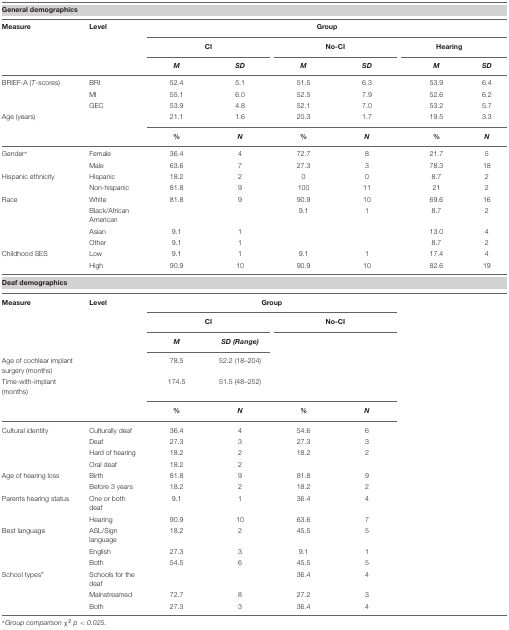
<table><thead><tr><td colspan="5"><b>General demographics</b></td></tr></thead><tbody><tr><td><b>Measure</b></td><td><b>Level</b></td><td colspan="6"><b>Group</b></td></tr><tr><td></td><td></td><td colspan="2"><b>CI</b></td><td colspan="2"><b>No-CI</b></td><td colspan="2"><b>Hearing</b></td></tr><tr><td></td><td></td><td><b><i>M</i></b></td><td><b><i>SD</i></b></td><td><b><i>M</i></b></td><td><b><i>SD</i></b></td><td><b><i>M</i></b></td><td><b><i>SD</i></b></td></tr><tr><td>BRIEF-A (<i>T</i>-scores)</td><td>BRI</td><td>52.4</td><td>5.1</td><td>51.5</td><td>6.3</td><td>53.9</td><td>6.4</td></tr><tr><td></td><td>MI</td><td>55.1</td><td>6.0</td><td>52.5</td><td>7.9</td><td>52.6</td><td>6.2</td></tr><tr><td></td><td>GEC</td><td>53.9</td><td>4.8</td><td>52.1</td><td>7.0</td><td>53.2</td><td>5.7</td></tr><tr><td>Age (years)</td><td></td><td>21.1</td><td>1.6</td><td>20.3</td><td>1.7</td><td>19.5</td><td>3.3</td></tr><tr><td></td><td></td><td><b>%</b></td><td><b><i>N</i></b></td><td><b>%</b></td><td><b><i>N</i></b></td><td><b>%</b></td><td><b><i>N</i></b></td></tr><tr><td>Gender<sup>∗</sup></td><td>Female</td><td>36.4</td><td>4</td><td>72.7</td><td>8</td><td>21.7</td><td>5</td></tr><tr><td></td><td>Male</td><td>63.6</td><td>7</td><td>27.3</td><td>3</td><td>78.3</td><td>18</td></tr><tr><td>Hispanic ethnicity</td><td>Hispanic</td><td>18.2</td><td>2</td><td>0</td><td>0</td><td>8.7</td><td>2</td></tr><tr><td></td><td>Non-hispanic</td><td>81.8</td><td>9</td><td>100</td><td>11</td><td>21</td><td>2</td></tr><tr><td>Race</td><td>White</td><td>81.8</td><td>9</td><td>90.9</td><td>10</td><td>69.6</td><td>16</td></tr><tr><td></td><td>Black/African American</td><td></td><td></td><td>9.1</td><td>1</td><td>8.7</td><td>2</td></tr><tr><td></td><td>Asian</td><td>9.1</td><td>1</td><td></td><td></td><td>13.0</td><td>4</td></tr><tr><td></td><td>Other</td><td>9.1</td><td>1</td><td></td><td></td><td>8.7</td><td>2</td></tr><tr><td>Childhood SES</td><td>Low</td><td>9.1</td><td>1</td><td>9.1</td><td>1</td><td>17.4</td><td>4</td></tr><tr><td></td><td>High</td><td>90.9</td><td>10</td><td>90.9</td><td>10</td><td>82.6</td><td>19</td></tr><tr><td colspan="5"><b>Deaf demographics</b></td></tr><tr><td><b>Measure</b></td><td><b>Level</b></td><td colspan="4"><b>Group</b></td><td></td><td></td><td></td></tr><tr><td></td><td></td><td colspan="2"><b>CI</b></td><td colspan="2"><b>No-CI</b></td><td></td><td></td><td></td></tr><tr><td></td><td></td><td><b><i>M</i></b></td><td><b><i>SD (Range)</i></b></td><td></td></tr><tr><td>Age of cochlear implant surgery (months)</td><td></td><td>78.5</td><td>52.2 (18–204)</td></tr><tr><td>Time-with-implant (months)</td><td></td><td>174.5</td><td>51.5 (48–252)</td></tr><tr><td></td><td></td><td><i><b>%</b></i></td><td><b><i>N</i></b></td><td><b><i>%</i></b></td><td><b><i>N</i></b></td><td></td><td></td></tr><tr><td>Cultural identity</td><td>Culturally deaf</td><td>36.4</td><td>4</td><td>54.6</td><td>6</td><td></td><td></td></tr><tr><td></td><td>Deaf</td><td>27.3</td><td>3</td><td>27.3</td><td>3</td><td></td><td></td></tr><tr><td></td><td>Hard of hearing</td><td>18.2</td><td>2</td><td>18.2</td><td>2</td><td></td><td></td></tr><tr><td></td><td>Oral deaf</td><td>18.2</td><td>2</td><td></td><td></td><td></td><td></td></tr><tr><td>Age of hearing loss</td><td>Birth</td><td>81.8</td><td>9</td><td>81.8</td><td>9</td><td></td><td></td></tr><tr><td></td><td>Before 3 years</td><td>18.2</td><td>2</td><td>18.2</td><td>2</td><td></td><td></td></tr><tr><td>Parents hearing status</td><td>One or both deaf</td><td>9.1</td><td>1</td><td>36.4</td><td>4</td><td></td><td></td></tr><tr><td></td><td>Hearing</td><td>90.9</td><td>10</td><td>63.6</td><td>7</td><td></td><td></td></tr><tr><td>Best language</td><td>ASL/Sign language</td><td>18.2</td><td>2</td><td>45.5</td><td>5</td><td></td><td></td></tr><tr><td></td><td>English</td><td>27.3</td><td>3</td><td>9.1</td><td>1</td><td></td><td></td></tr><tr><td></td><td>Both</td><td>54.5</td><td>6</td><td>45.5</td><td>5</td><td></td><td></td></tr><tr><td>School types<sup>∗</sup></td><td>Schools for the deaf</td><td></td><td></td><td>36.4</td><td>4</td><td></td><td></td></tr><tr><td></td><td>Mainstreamed</td><td>72.7</td><td>8</td><td>27.2</td><td>3</td><td></td><td></td></tr><tr><td></td><td>Both</td><td>27.3</td><td>3</td><td>36.4</td><td>4</td><td></td><td></td></tr></tbody></table>